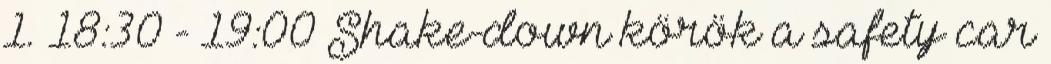
1. 18:30 - 19:00 Shake-down körök a safety car